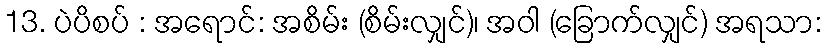
13. ပဲပိစပ် : အရောင်: အစိမ်း (စိမ်းလျှင်)၊ အဝါ (ခြောက်လျှင်) အရသာ: